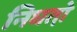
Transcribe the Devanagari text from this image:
निघतो़